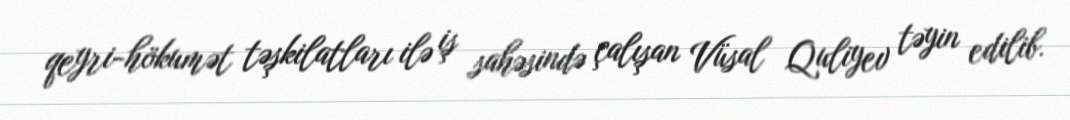
qeyri-hökumət təşkilatları ilə iş sahəsində çalışan Vüsal Quliyev təyin edilib.